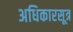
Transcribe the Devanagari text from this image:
अधिकारसूत्र